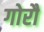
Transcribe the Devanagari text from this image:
गोरौ